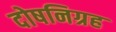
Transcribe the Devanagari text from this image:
दोषनिग्रह